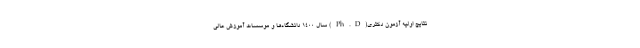
نتایج اولیه آزمون دکتری(Ph.D) سال ۱۴۰۰ دانشگاه‌ها و موسسات آموزش عالی